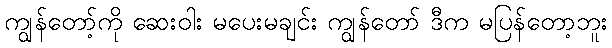
ကျွန်တော့်ကို ဆေးဝါး မပေးမချင်း ကျွန်တော် ဒီက မပြန်တော့ဘူး